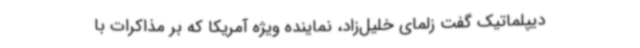
دیپلماتیک گفت زلمای خلیل‌زاد، نماینده ویژه آمریکا که بر مذاکرات با